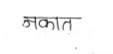
मजकूर: जकात